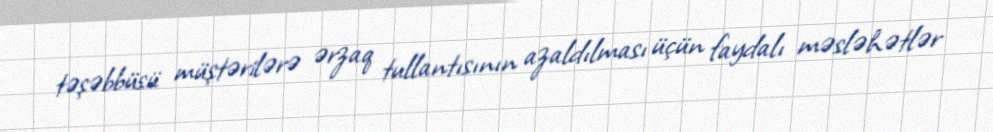
təşəbbüsü müştərilərə ərzaq tullantısının azaldılması üçün faydalı məsləhətlər